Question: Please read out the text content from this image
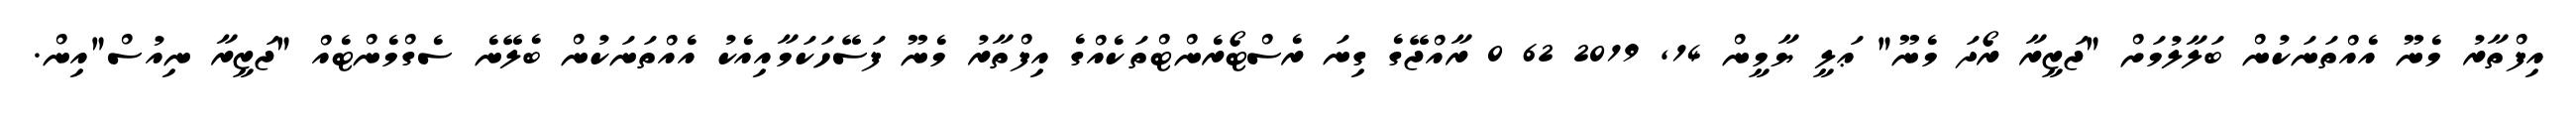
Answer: އިފްތާރު މެނޫ އެއްތަނަކުން ބަލާލުމަށް "ޖަޒީރާ ރޯދަ މެނޫ" ޢަލީ ޔާމީން 14, 2019 62 0 ރާއްޖޭގެ ގިނަ ރެސްޓޯރެންޓްތަކެއްގެ އިފްތާރު މެނޫ ފަސޭހަކަމާއިއެކު އެއްތަނަކުން ބެލޭނެ ސެގްމެންޓެއް "ޖަޒީރާ ނިއުސް"އިން.